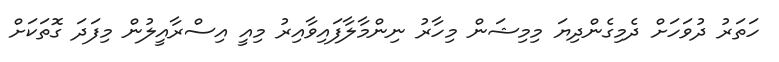
ހަތަރު ދުވަހަށް ދެމިގެންދިޔަ މިމިޝަން މިހާރު ނިންމާލާފައިވާއިރު މިއީ އިސްރާއީލުން މިފަދަ ގޮތަކަށް